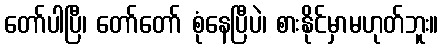
တော်ပါပြီ၊ တော်တော် စုံနေပြီပဲ၊ စားနိုင်မှာမဟုတ်ဘူး။